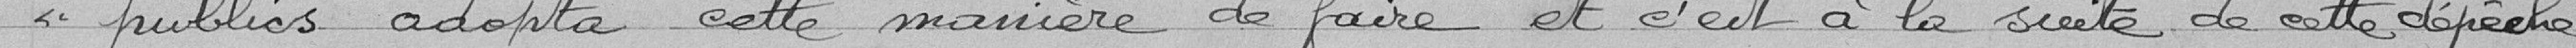
« publics adopta cette manière de faire et c'est à la suite de cette dépêche